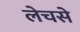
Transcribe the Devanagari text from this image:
लेचसे